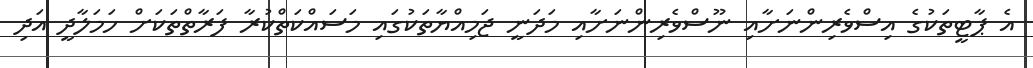
އެ ޕާޓީތަކުގެ އިސްވެރިންނަށާއި ނޫސްވެރިންނަށާއި މަދަނީ ޖަމިއްޔާތަކުގައި މަސައްކަތްކުރާ ފަރާތްތަކަށް ހަމަލާދީ އަދި